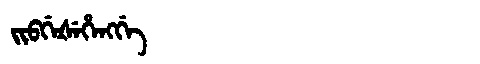
Manchu: ᠵᡳᠪᡤᡝᡧᡝᡥᡝᠩᡤᡝ
Romanization: JIBGEŠEHENGGE